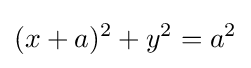
(x+a)^{2}+y^{2}=a^{2}